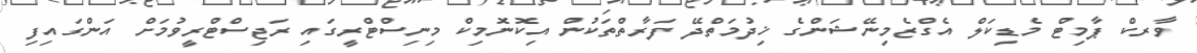
ވާރކް ޕާމިޓް މެޑިކަލް އެގްޒެމިނޭޝަންގެ ޚިދުމަތްދޭ ފަރާތްތަކުން އިކޮނޮމިކް މިނިސްޓްރީގައި ރަޖިސްޓްރީވުމަށް އަންގައިފި